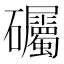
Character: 𱵅